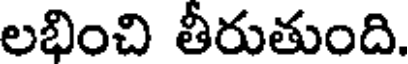
లభించి తీరుతుంది.